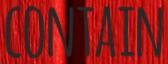
CONTAIN